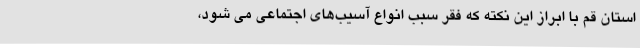
استان قم با ابراز این نکته که فقر سبب انواع آسیب‌های اجتماعی می شود،